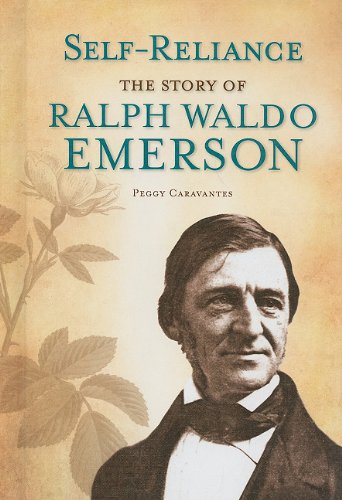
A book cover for Self-Reliance: The Story of Ralph Waldo Emerson (World Writers (Morgan Reynolds)); Peggy Caravantes; Teen & Young Adult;